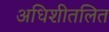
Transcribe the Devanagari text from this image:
अधिशीतलित